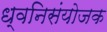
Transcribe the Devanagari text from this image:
ध्वनिसंयोजक